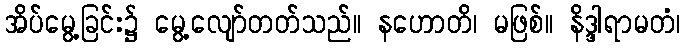
အိပ်မွေ့ခြင်း၌ မွေ့လျော်တတ်သည်။ နဟောတိ၊ မဖြစ်။ နိဒ္ဒါရာမတံ၊